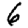
Digit: 6